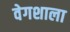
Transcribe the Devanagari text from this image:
वेगशाला